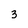
Character: 3